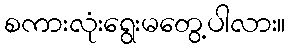
စကားလုံးရွေးမတွေ့ပါလား။